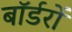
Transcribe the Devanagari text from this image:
बॉर्डरों